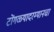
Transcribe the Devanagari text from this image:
टोंगळ्यादरम्यानचा